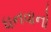
ધનવાનો